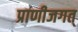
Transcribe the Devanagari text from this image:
प्राणीजगत्